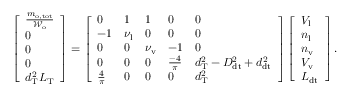
\left[ \begin{array} { l } { \frac { m _ { \mathrm { o , t o t } } } { \mathcal { W } _ { \mathrm { o } } } } \\ { 0 } \\ { 0 } \\ { 0 } \\ { d _ { \mathrm { T } } ^ { 2 } L _ { \mathrm { T } } } \end{array} \right] = \left[ \begin{array} { l l l l l } { 0 } & { 1 } & { 1 } & { 0 } & { 0 } \\ { - 1 } & { \nu _ { \mathrm { l } } } & { 0 } & { 0 } & { 0 } \\ { 0 } & { 0 } & { \nu _ { \mathrm { v } } } & { - 1 } & { 0 } \\ { 0 } & { 0 } & { 0 } & { \frac { - 4 } { \pi } } & { d _ { \mathrm { T } } ^ { 2 } - D _ { \mathrm { d t } } ^ { 2 } + d _ { \mathrm { d t } } ^ { 2 } } \\ { \frac { 4 } { \pi } } & { 0 } & { 0 } & { 0 } & { d _ { \mathrm { T } } ^ { 2 } } \end{array} \right] \left[ \begin{array} { l } { V _ { \mathrm { l } } } \\ { n _ { \mathrm { l } } } \\ { n _ { \mathrm { v } } } \\ { V _ { \mathrm { v } } } \\ { L _ { \mathrm { d t } } } \end{array} \right] .